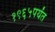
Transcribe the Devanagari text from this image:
१९६५पर्यंत